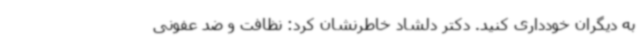
به دیگران خودداری کنید. دکتر دلشاد خاطرنشان کرد: نظافت و ضد عفونی